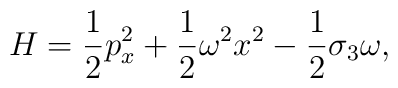
H = \frac{1}{2}p^{2}_x + \frac{1}{2}\omega^{2} x^{2} - \frac{1}{2}\sigma_{3}\omega,